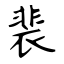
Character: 裴